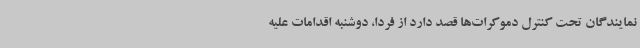
نمایندگان تحت کنترل دموکرات‌ها قصد دارد از فردا، دوشنبه اقدامات علیه